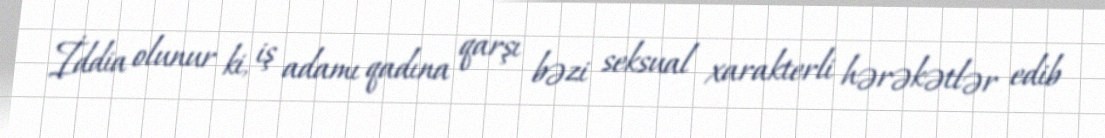
İddia olunur ki, iş adamı qadına qarşı bəzi seksual xarakterli hərəkətlər edib